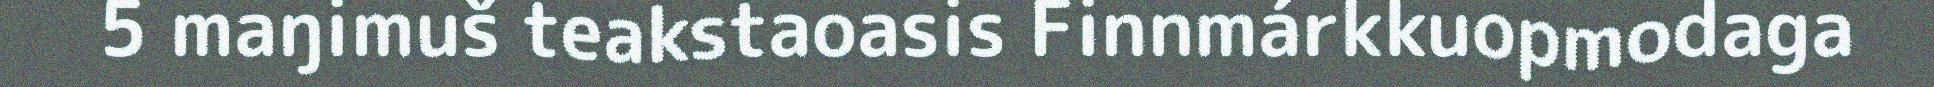
5 maŋimuš teakstaoasis Finnmárkkuopmodaga